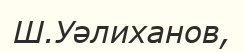
Ш.Уәлиханов,